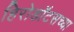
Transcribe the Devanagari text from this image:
हिरोडॉटसच्या